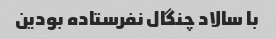
با سالاد چنگال نفرستاده بودین